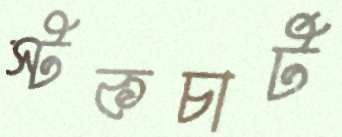
স্টকচার্ট